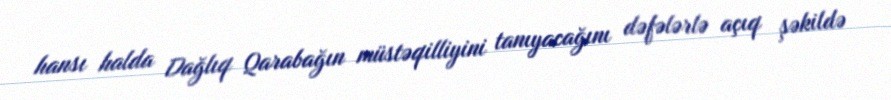
hansı halda Dağlıq Qarabağın müstəqilliyini tanıyacağını dəfələrlə açıq şəkildə